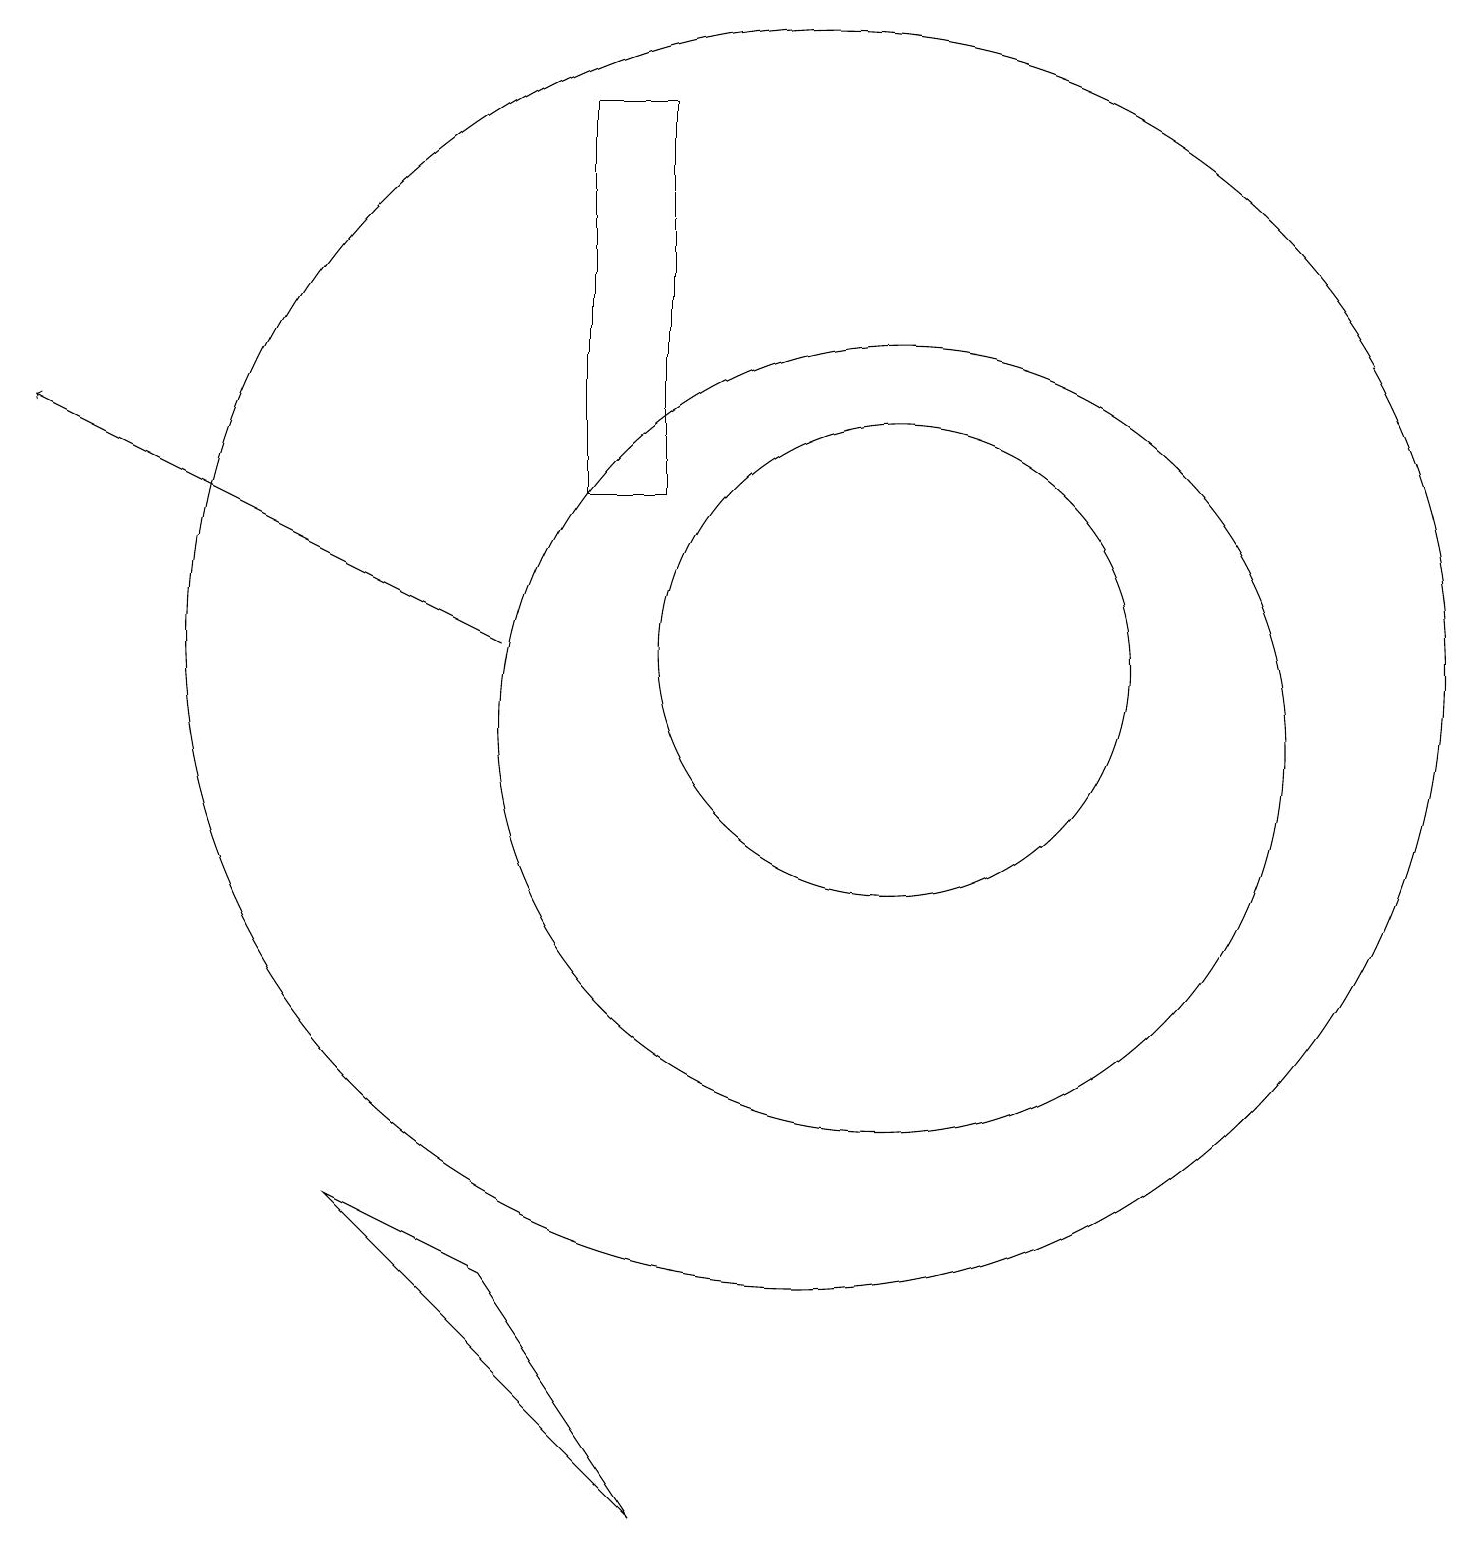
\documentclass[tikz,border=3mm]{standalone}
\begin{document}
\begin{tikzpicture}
\draw (11,11) circle (5);
\draw (7,14) rectangle (8,19);
\draw[->] (6,12) -- (0,15);
\draw (11,12) circle (3);
\draw (10,12) circle (8);
\draw (4,5) -- (6,4) -- (8,1) -- cycle;
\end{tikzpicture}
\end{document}